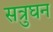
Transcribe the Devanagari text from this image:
सत्रुघन